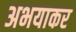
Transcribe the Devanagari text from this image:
अभयाकर